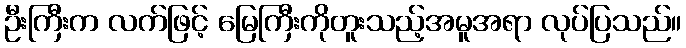
ဦးကြီးက လက်ဖြင့် မြေကြီးကိုတူးသည့်အမူအရာ လုပ်ပြသည်။